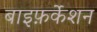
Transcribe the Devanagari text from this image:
बाइफ़र्केशन